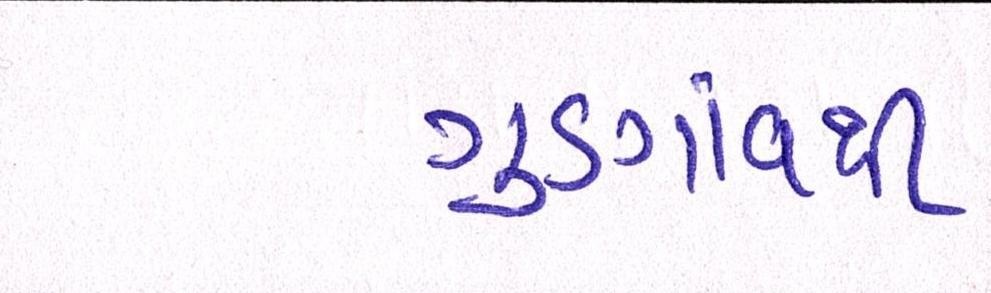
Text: ગુડગાંવથી